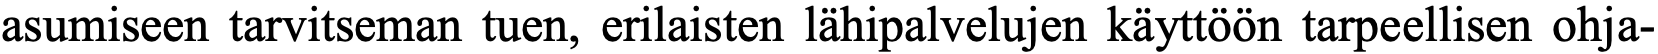
asumiseen tarvitseman tuen, erilaisten lähipalvelujen käyttöön tarpeellisen ohja-